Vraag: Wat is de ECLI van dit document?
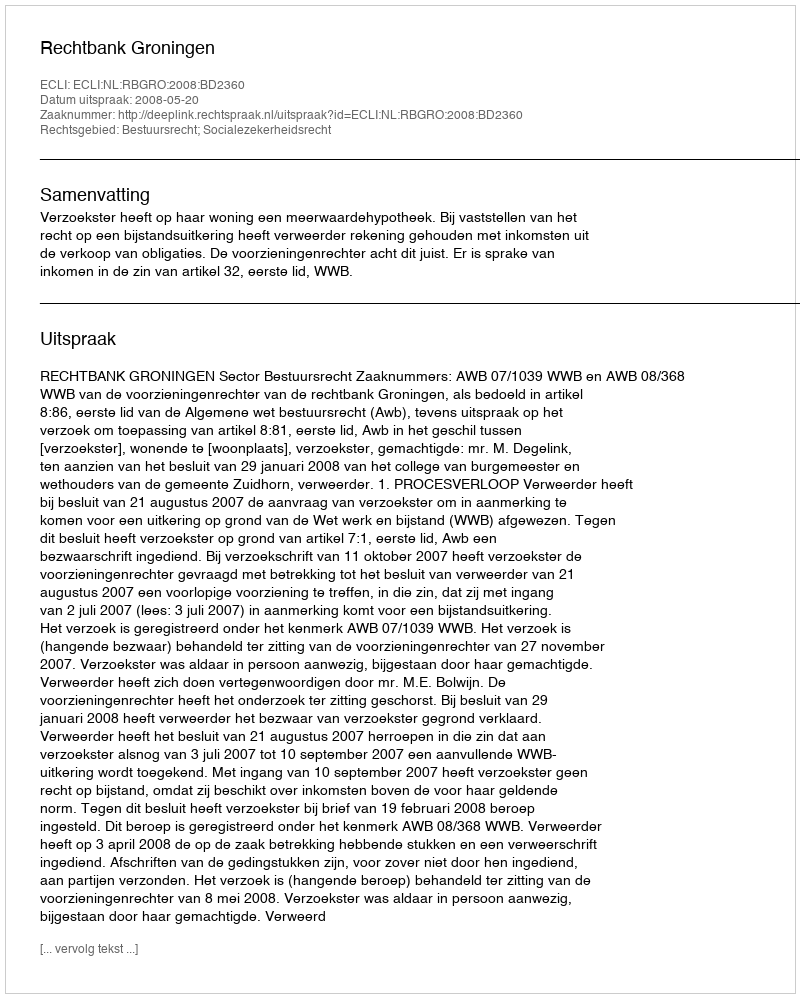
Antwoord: ECLI:NL:RBGRO:2008:BD2360